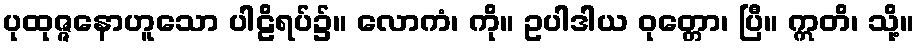
ပုထုဇ္ဇနောဟူသော ပါဠိရပ်၌။ လောကံ၊ ကို။ ဥပါဒါယ ဝုတ္တော၊ ပြီ။ ဣတိ၊ သို့။